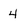
Character: 4